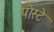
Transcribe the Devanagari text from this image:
पोस्टे